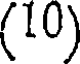
(10)